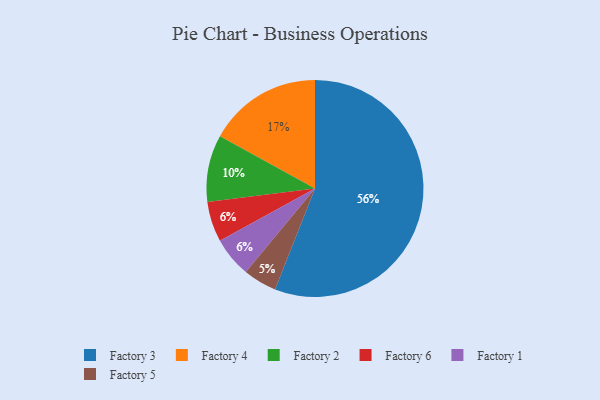
{"axis": {"x": "Category", "y": "Percentage"}, "legend": ["Factory 1", "Factory 2", "Factory 3", "Factory 4", "Factory 5", "Factory 6"], "data": [{"x": "Factory 3", "y": 56, "type": "Factory 3"}, {"x": "Factory 5", "y": 5, "type": "Factory 5"}, {"x": "Factory 6", "y": 6, "type": "Factory 6"}, {"x": "Factory 1", "y": 6, "type": "Factory 1"}, {"x": "Factory 2", "y": 10, "type": "Factory 2"}, {"x": "Factory 4", "y": 17, "type": "Factory 4"}]}